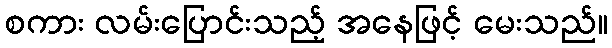
စကား လမ်းပြောင်းသည့် အနေဖြင့် မေးသည်။